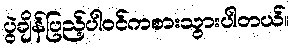
ပွဲချိန်ပြည့်ပါဝင်ကစားသွားပါတယ်။